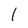
Character: 1